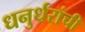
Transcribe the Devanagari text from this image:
धनुर्धरांची